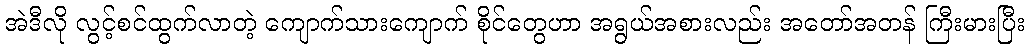
အဲဒီလို လွင့်စင်ထွက်လာတဲ့ ကျောက်သားကျောက် စိုင်တွေဟာ အရွယ်အစားလည်း အတော်အတန် ကြီးမားပြီး